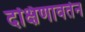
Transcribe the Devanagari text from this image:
दक्षिणावर्तन